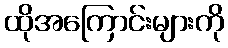
ထိုအကြောင်းများကို